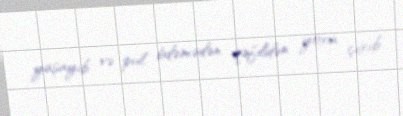
yaşayıb və pul ödəmədən qəfildən yoxa çıxıb.